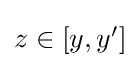
{\textstyle z\in [y,y']}